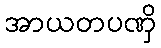
အာယတပဏှိ